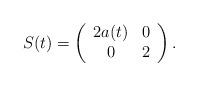
LaTeX: \begin{align*}S(t)=\left( \begin{array}{cc} 2a(t) & 0\\ 0 & 2 \\ \end{array} \right).\end{align*}